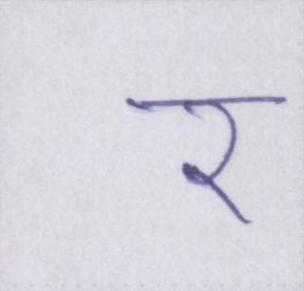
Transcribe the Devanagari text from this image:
र